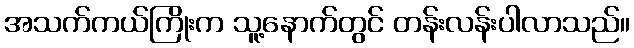
အသက်ကယ်ကြိုးက သူ့နောက်တွင် တန်းလန်းပါလာသည်။